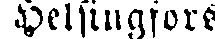
Helsingfors.